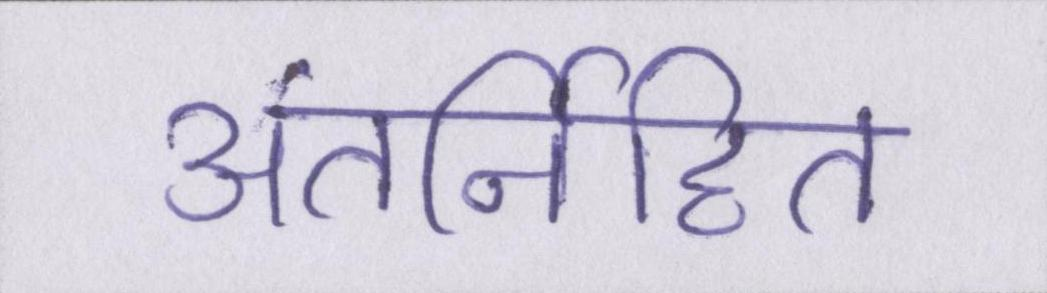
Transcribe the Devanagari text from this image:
अंतर्निहित